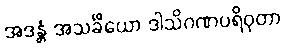
အဒန္တံ အသင်္ခိယော ဒါသိဂဏပရိဝုတာ